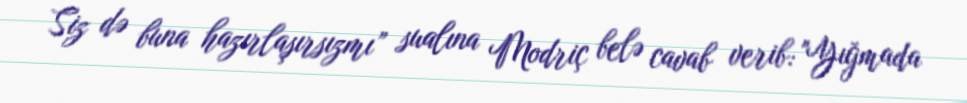
Siz də buna hazırlaşırsızmı” sualına Modriç belə cavab verib: "Yığmada